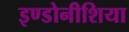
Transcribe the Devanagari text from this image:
इण्डोनीशिया